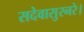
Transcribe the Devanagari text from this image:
सदेवासुरनरे।